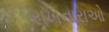
રાખનારાઓ